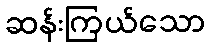
ဆန်းကြယ်သော